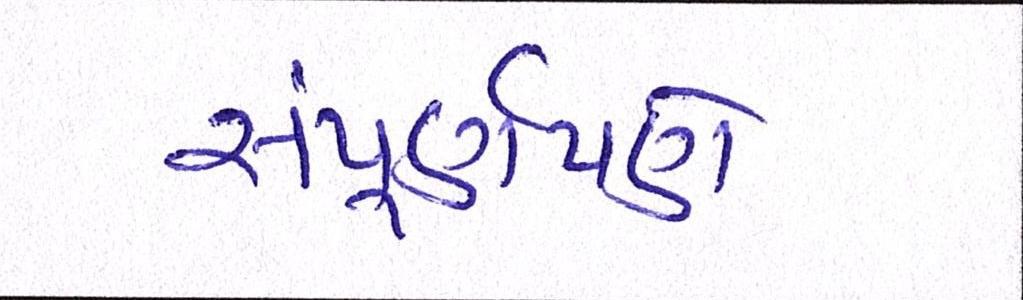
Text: સંપૂર્ણપણે